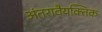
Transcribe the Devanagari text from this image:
अंतरावैयक्तिक